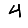
Digit: 4